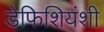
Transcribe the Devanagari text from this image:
डेफिशियंशी